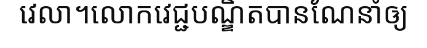
វេលា។លោកវេជ្ជបណ្ឌិតបានណែនាំឲ្យ